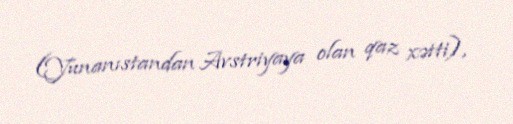
(Yunanıstandan Avstriyaya olan qaz xətti),